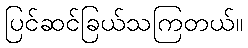
ပြင်ဆင်ခြယ်သကြတယ်။